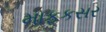
માફકસર